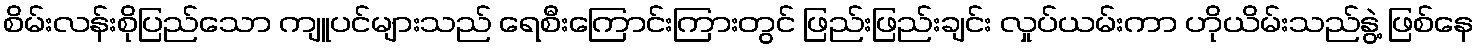
စိမ်းလန်းစိုပြည်သော ကျူပင်များသည် ရေစီးကြောင်းကြားတွင် ဖြည်းဖြည်းချင်း လှုပ်ယမ်းကာ ဟိုယိမ်းသည်နွဲ့ ဖြစ်နေ